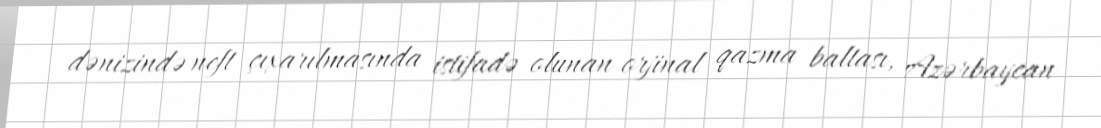
dənizində neft çıxarılmasında istifadə olunan orjinal qazma baltası, Azərbaycan